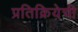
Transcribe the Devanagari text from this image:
प्रतिक्रियेची